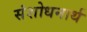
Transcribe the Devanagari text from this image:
संशोधनार्थ